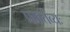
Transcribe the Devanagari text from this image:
प्रकर्तव्यः